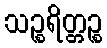
သဉ္စရိတ္တဉ္စ